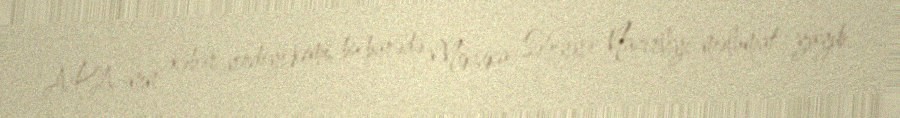
APA-nın xəbər verdiyi kimi, bu barədə Meksika Səhiyyə Nazirliyi məlumat yayıb.